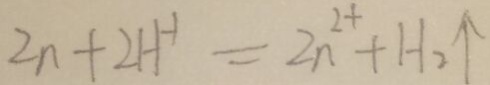
2 n + 2 H ^ { - 1 } = 2 _ { n } ^ { 2 + } + H _ { 2 } \uparrow